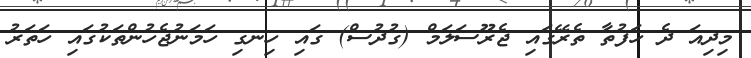
މިދިއަ ދެ ހަފުތާ ތެރޭގައި ޖެރޫސަލަމް (ގުދުސް) ގައި ހިނގި ހަމަނުޖެހުންތަކުގައި ހަތަރު